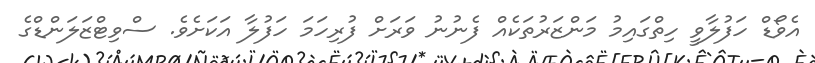
އެވޯޑް ހަފުލާވީ ހިތްގައިމު މަންޒަރުތަކެއް ފެނުނު ވަރަށް ފުރިހަމަ ހަފުލާ އަކަށެވެ. ސްވިޓްޒަލަންޑްގެ